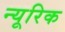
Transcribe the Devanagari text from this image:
न्यूरिक